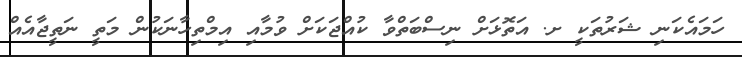
ހަމައެކަނި ޝަރުތަކީ ށ. އަތޮޅަށް ނިސްބަތްވާ ކުއްޖަކަށް ވުމާއި އިމްތިހާނަކުން މަތީ ނަތީޖާއެއް